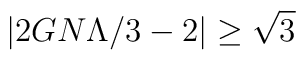
\left| 2GN\Lambda /3-2\right| \geq \sqrt{3}